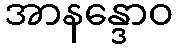
အာနန္ဒောဝ